Madras plague regulations in force outside the Presidency town - Volume 3
Disease focus: Plague
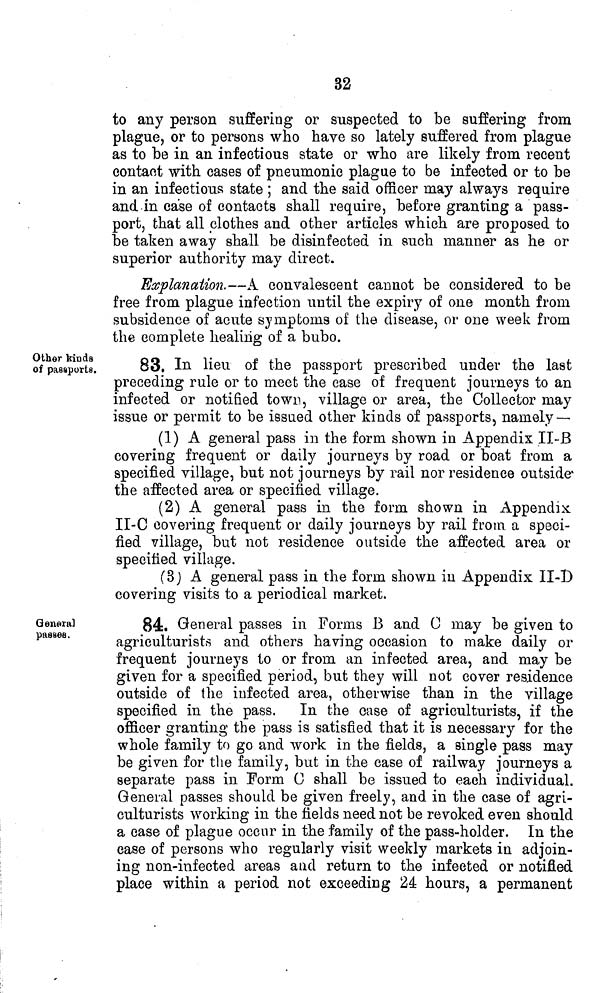
32
to any person suffering or suspected to be suffering from
plague, or to persons who have so lately suffered from plague
as to be in an infectious state or who are likely from recent
contact with cases of pneumonic plague to be infected or to be
in an infectious state ; and the said officer may always require
and in case of contacts shall require, before granting a pass-
port, that all clothes and other articles which are proposed to
be taken away shall be disinfected in such manner as he or
superior authority may direct.
Explanation.—A convalescent cannot be considered to be
free from plague infection until the expiry of one month from
subsidence of acute symptoms of the disease, or one week from
the complete healing of a bubo.
Other kinds
of passports.
83. In lieu of the passport prescribed under the last
preceding rule or to meet the case of frequent journeys to an
infected or notified town, village or area, the Collector may
issue or permit to be issued other kinds of passports, namely —
(1) A general pass in the form shown in Appendix II-B
covering frequent or daily journeys by road or boat from a
specified village, but not journeys by rail nor residence outside
the affected area or specified village.
(2) A general pass in the form shown in Appendix
II-C covering frequent or daily journeys by rail from a speci-
fied village, but not residence outside the affected area or
specified village.
(3) A general pass in the form shown in Appendix 1I-D
covering visits to a periodical market.
General
passes.
84. General passes in Forms B and C may be given to
agriculturists and others having occasion to make daily or
frequent journeys to or from an infected area, and may be
given for a specified period, but they will not cover residence
outside of the infected area, otherwise than in the village
specified in the pass. In the case of agriculturists, if the
officer granting the pass is satisfied that it is necessary for the
whole family to go and work in the fields, a single pass may
be given for the family, but in the case of railway journeys a
separate pass in Form C shall be issued to each individual.
General passes should be given freely, and in the case of agri-
culturists working in the fields need not be revoked even should
a case of plague occur in the family of the pass-holder. In the
case of persons who regularly visit weekly markets in adjoin-
ing non-infected areas and return to the infected or notified
place within a period not exceeding 24 hours, a permanent